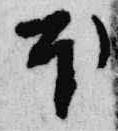
本